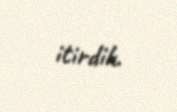
itirdik.